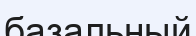
базальный